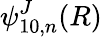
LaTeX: \psi_{10,n}^{J}(R)